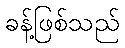
ခန့်ဖြစ်သည်